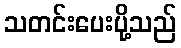
သတင်းပေးပို့သည်